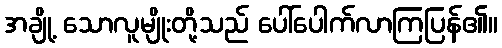
အချို့ သောလူမျိုးတို့သည် ပေါ်ပေါက်လာကြပြန်၏။